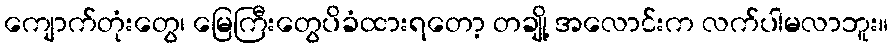
ကျောက်တုံးတွေ၊ မြေကြီးတွေပိခံထားရတော့ တချို့ အလောင်းက လက်ပါမလာဘူး။